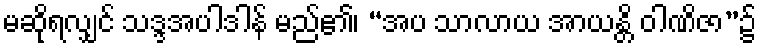
မဆိုရလျှင် သဒ္ဒအပါဒါန် မည်၏၊ “အပ သာလာယ အာယန္တိ ဝါဏိဇာ”၌